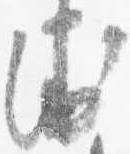
衛